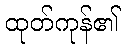
ထုတ်ကုန်၏